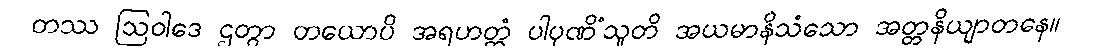
တဿ ဩဝါဒေ ဌတွာ တယောပိ အရဟတ္တံ ပါပုဏိံသူတိ အယမာနိသံသော အတ္တနိယျာတနေ။